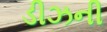
ડીઝની